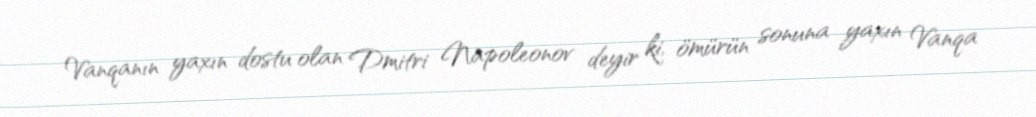
Vanqanın yaxın dostu olan Dmitri Napoleonov deyir ki, ömürün sonuna yaxın Vanqa